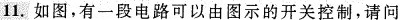
11.如图，有一段电路可以由图示的开关控制，请问